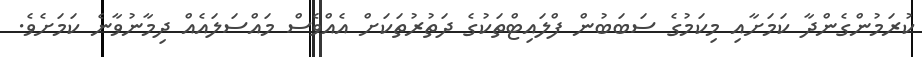
ކުރަމުންގެންދާ ކަމަށާއި މިކަމުގެ ސަބަބުން ފްލައިޓްތަކުގެ ދަތުރުތަކަށް އެއްވެސް މައްސަލައެއް ދިމާނުވާނެ ކަމަށެވެ.